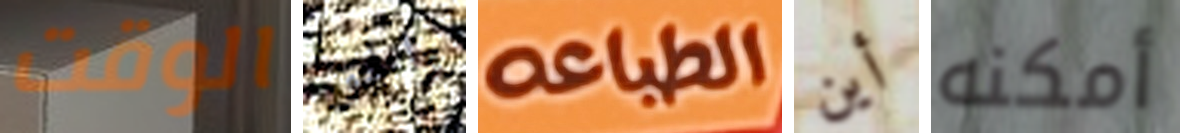
الوقت والحق الطباعه أين أمكنه